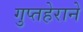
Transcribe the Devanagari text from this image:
गुप्तहेराने